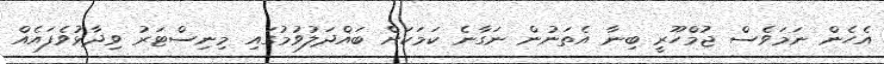
އެހެން ނަމަވެސް ޖުމްހޫރީ ބިނާ އެތަނުން ނަގާނެ ކަމަކަށް ބައްދަލުވުމުގައި މިނިސްޓަރު ވިދާޅުވެފައެއް